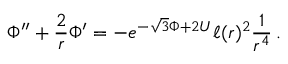
\Phi ^ { \prime \prime } + \frac { 2 } { r } \Phi ^ { \prime } = - e ^ { - \sqrt { 3 } \Phi + 2 U } \ell ( r ) ^ { 2 } \frac { 1 } { r ^ { 4 } } \, .